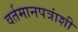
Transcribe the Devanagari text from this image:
वर्तमानपत्रांशी